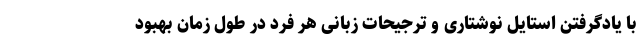
با یادگرفتن استایل نوشتاری و ترجیحات زبانی هر فرد در طول زمان بهبود